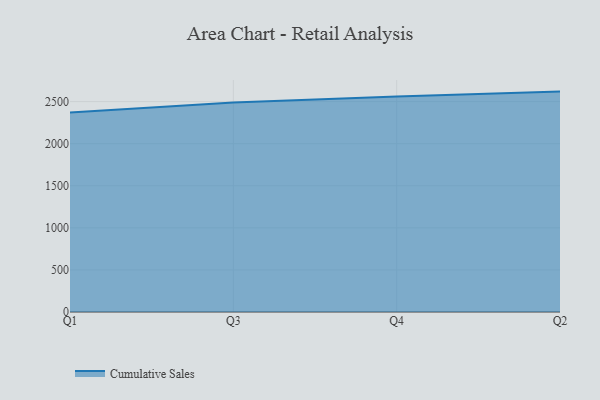
{"axis": {"x": "Quarter", "y": "Shipments"}, "legend": ["Cumulative Sales"], "data": [{"x": "Q1", "y": 2370.7, "type": "Cumulative Sales"}, {"x": "Q3", "y": 2487.9, "type": "Cumulative Sales"}, {"x": "Q4", "y": 2560.4, "type": "Cumulative Sales"}, {"x": "Q2", "y": 2618.8, "type": "Cumulative Sales"}]}